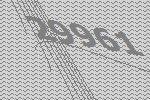
29961